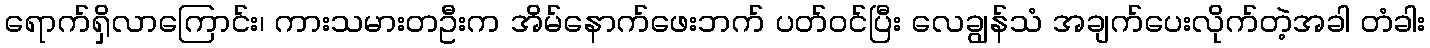
ရောက်ရှိလာကြောင်း၊ ကားသမားတဦးက အိမ်နောက်ဖေးဘက် ပတ်ဝင်ပြီး လေချွန်သံ အချက်ပေးလိုက်တဲ့အခါ တံခါး